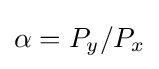
\alpha =P_{y}/P_{x}